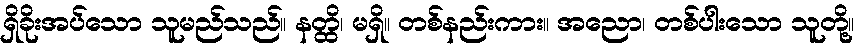
ရှိခိုးအပ်သော သူမည်သည်။ နတ္ထိ၊ မရှိ။ တစ်နည်းကား။ အညော၊ တစ်ပါးသော သူတို့။